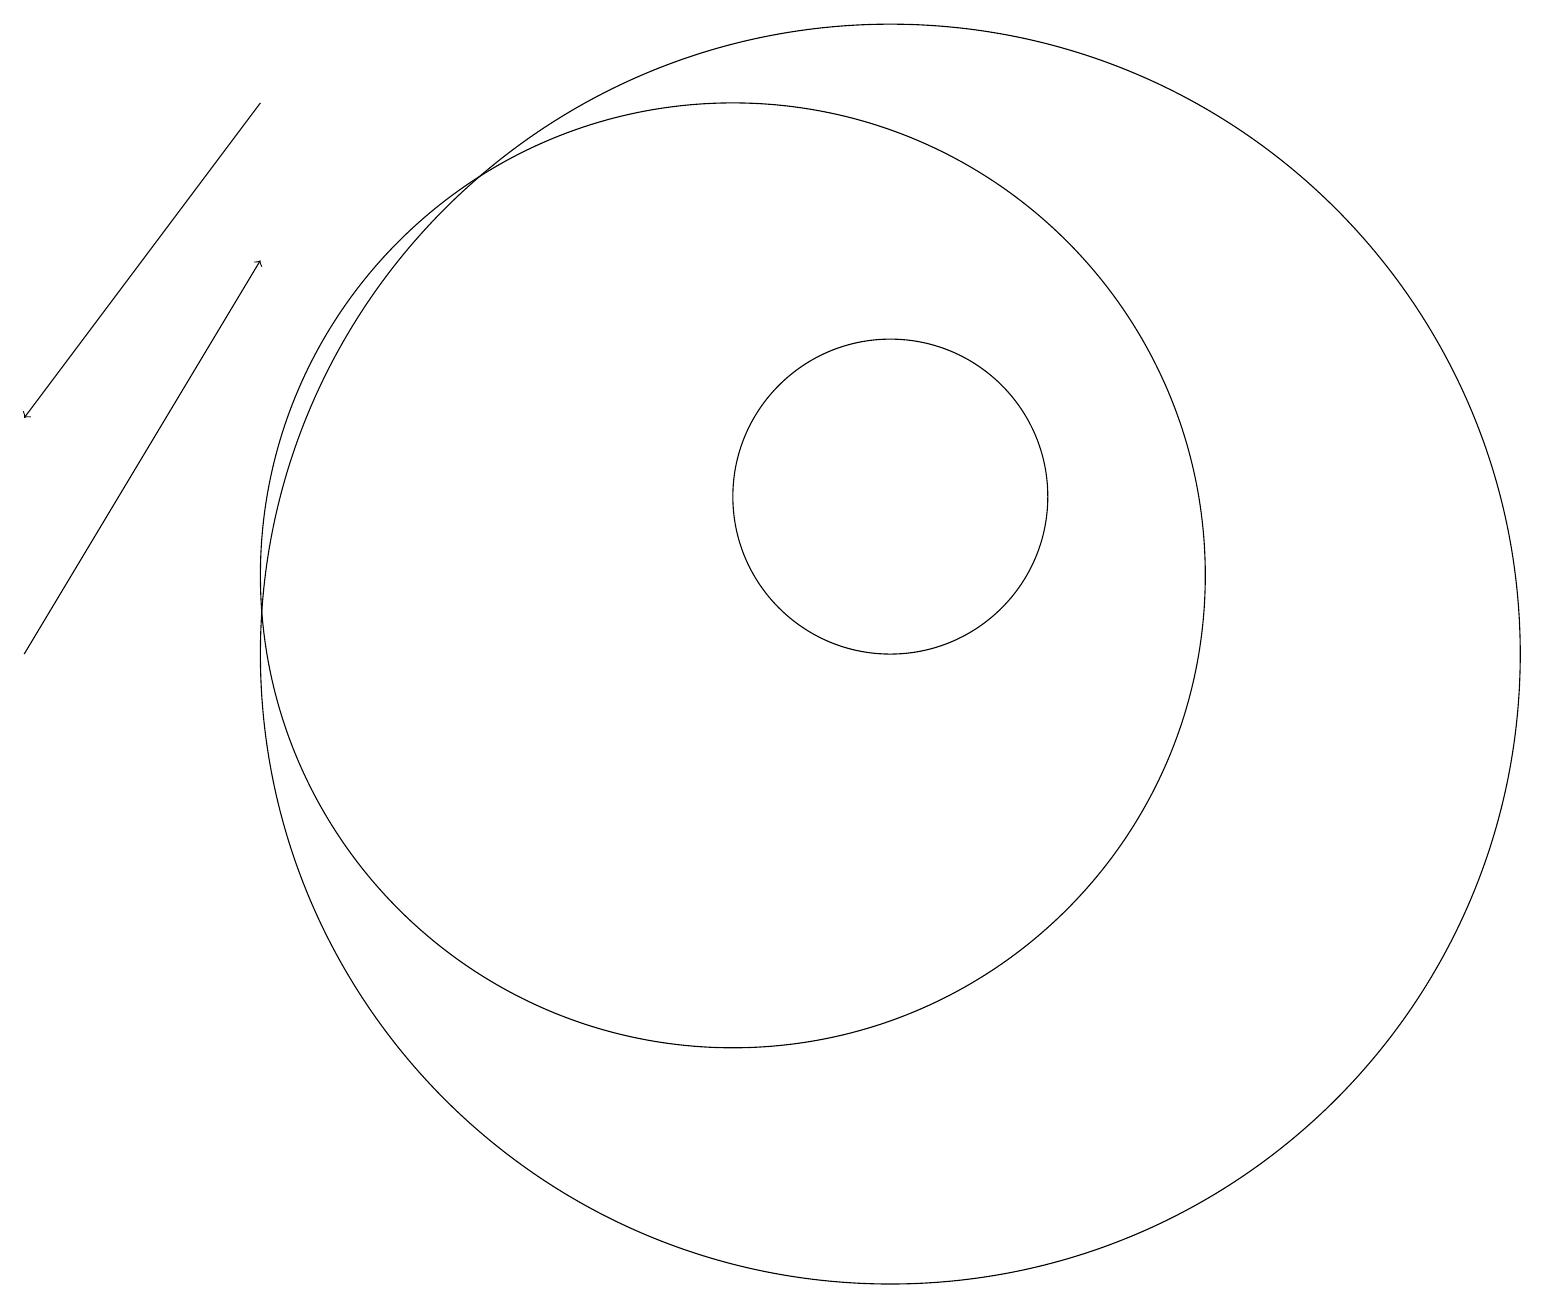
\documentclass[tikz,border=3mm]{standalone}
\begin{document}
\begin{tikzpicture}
\draw (10,11) circle (6);
\draw (12,10) circle (8);
\draw (12,12) circle (2);
\draw[->] (1,10) -- (4,15);
\draw[->] (4,17) -- (1,13);
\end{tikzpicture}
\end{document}